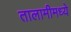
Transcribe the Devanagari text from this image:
तालामीमध्ये